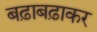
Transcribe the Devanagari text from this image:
बढ़ाबढ़ाकर